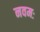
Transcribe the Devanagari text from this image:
नवमः